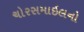
ચોરસમાઇલનો